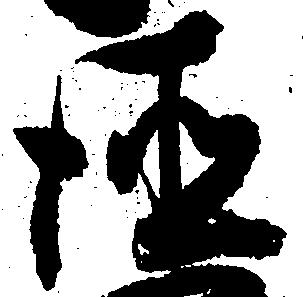
徳